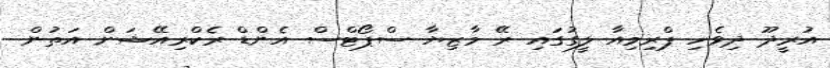
އުރީދޫ ދިވެހި ޕްރިމިއާ ލީގުގައި ރޭ މާޒިޔާ ސްޕޯޓްސް އެންޑް ރެކްރިއޭޝަން އަތުން